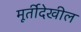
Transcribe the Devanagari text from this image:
मूर्तीदेखील